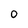
Character: 0